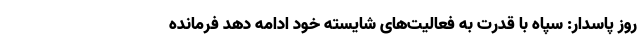
روز پاسدار: سپاه با قدرت به فعالیت‌های شایسته خود ادامه دهد فرمانده